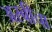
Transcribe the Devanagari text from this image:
अरबीचा